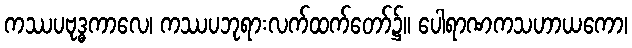
ကဿပဗုဒ္ဓကာလေ၊ ကဿပဘုရားလက်ထက်တော်၌။ ပေါရာဏကသဟာယကော၊